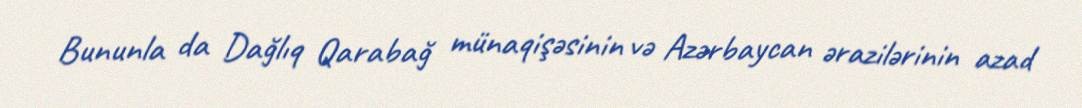
Bununla da Dağlıq Qarabağ münaqişəsinin və Azərbaycan ərazilərinin azad